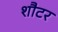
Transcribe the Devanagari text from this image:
शौटर